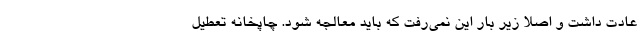
عادت داشت و اصلا زیر بار این نمی‌رفت که باید معالجه شود. چاپخانه تعطیل